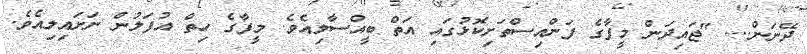
ދޭނަން.... "ޖައިދަން މީފާގެ ފަންއިސްތަށިކޮޅުގައި އަތް ބީއްސާލިއެވެ. މީފާގެ ހިތް އުފަލުން ނަށައިލިއެވެ.